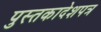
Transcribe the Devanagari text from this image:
पुस्तकादेशपत्र